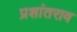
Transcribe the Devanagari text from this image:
प्रशांतराव